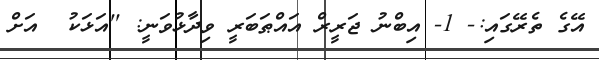
އޭގެ ތެރޭގައި:- 1- އިބްނު ޖަރީރް އައްޠަބަރީ ވިދާޅުވަނީ: ''އަޅަކު  އަށް